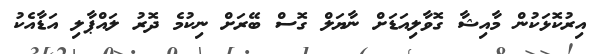
އިރުކޮޅަކުން މާއިޝާ ގޮވާލިއަޑަށް ނާޔަލް ގޮސް ބޭރަށް ނިކުމެ ދޮރު ލައްޕާލި އަޑާއެކު